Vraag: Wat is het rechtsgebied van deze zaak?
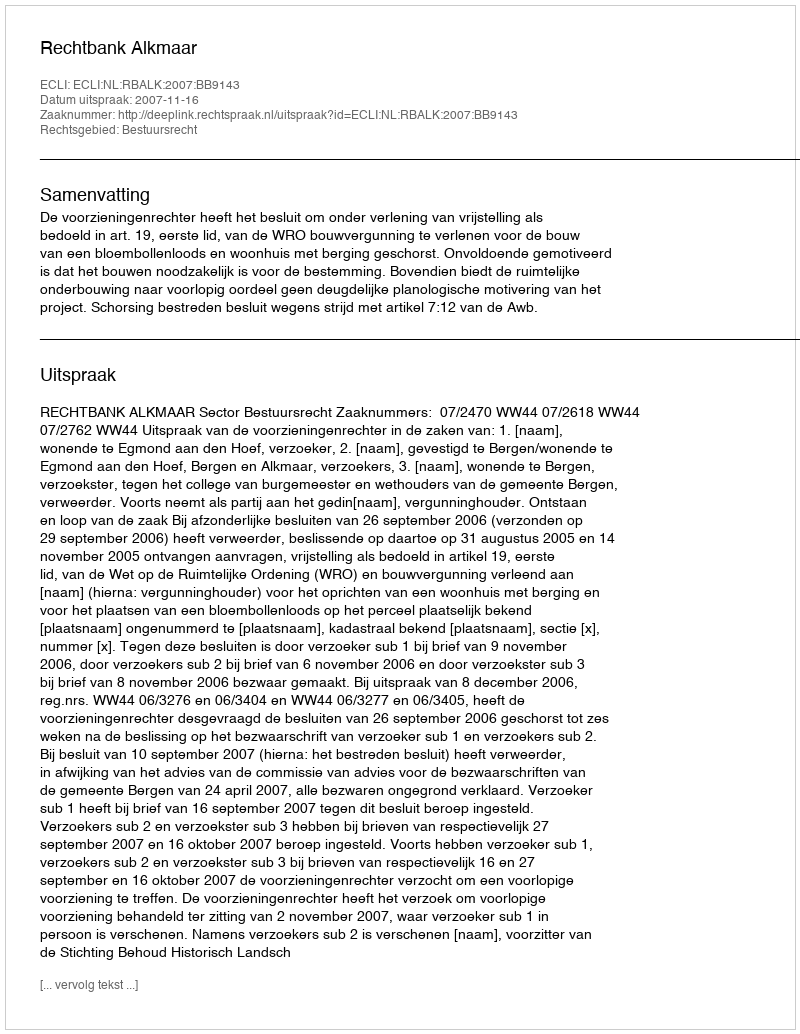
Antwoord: Bestuursrecht